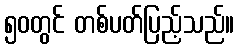
၅၀တွင် တစ်ပတ်ပြည့်သည်။